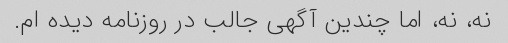
نه، نه، اما چندین آگهی جالب در روزنامه دیده ام.